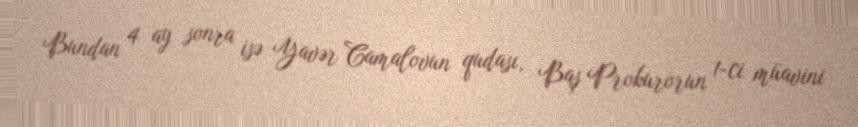
Bundan 4 ay sonra isə Yavər Camalovun qudası, Baş Prokurorun 1-ci müavini